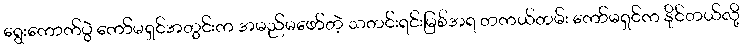
ရွေးကောက်ပွဲ ကော်မရှင်အတွင်းက အမည်မဖော်တဲ့ သတင်းရင်းမြစ်အရ တကယ်တမ်း ကော်မရှင်က နိုင်တယ်လို့